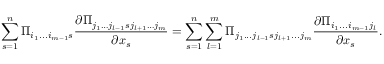
\sum _ { s = 1 } ^ { n } \Pi _ { i _ { 1 } . . . i _ { m - 1 } s } \frac { \partial \Pi _ { j _ { 1 } \dots j _ { l - 1 } s j _ { l + 1 } \dots j _ { m } } } { \partial x _ { s } } = \sum _ { s = 1 } ^ { n } \sum _ { l = 1 } ^ { m } \Pi _ { j _ { 1 } . . . j _ { l - 1 } s j _ { l + 1 } . . . j _ { m } } \frac { \partial \Pi _ { i _ { 1 } . . . i _ { m - 1 } j _ { l } } } { \partial x _ { s } } .